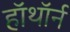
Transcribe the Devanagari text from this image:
हॉथॉर्न